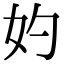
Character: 妁